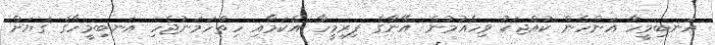
އަނބިމީހާ އަންހެން ކުއްޖަކު ވިހެއުމުން އޭނާގެ ފިރިމީހާ އެކަމާއި ހިތްހަމަނުޖެހި އަނބިމީހާގެ ގަޔަށް